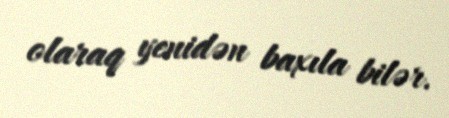
olaraq yenidən baxıla bilər.